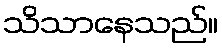
သိသာနေသည်။